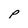
Character: p